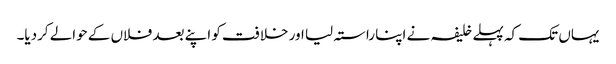
یہاں تک کہ پہلے خلیفہ نے اپنا راستہ لیا اور خلافت کو اپنے بعد فلاں کے حوالے کردیا۔